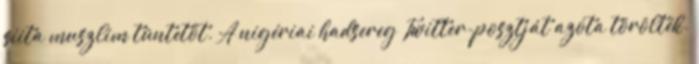
síita muszlim tüntetőt. A nigériai hadsereg Twitter-posztját azóta törölték.